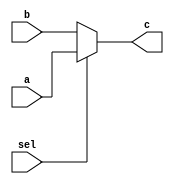
`timescale 1ns / 1ps

module mux_2X1(
input [7:0] a ,
input [7:0] b,
input sel,
output [7:0] c
    );
    assign c = sel? a:b;
endmodule